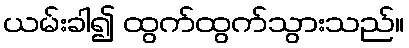
ယမ်းခါ၍ ထွက်ထွက်သွားသည်။